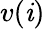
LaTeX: v(\mathit{i})